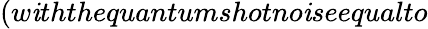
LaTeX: (w\mathit{i}ththequantumshotno\mathit{i}seequalto